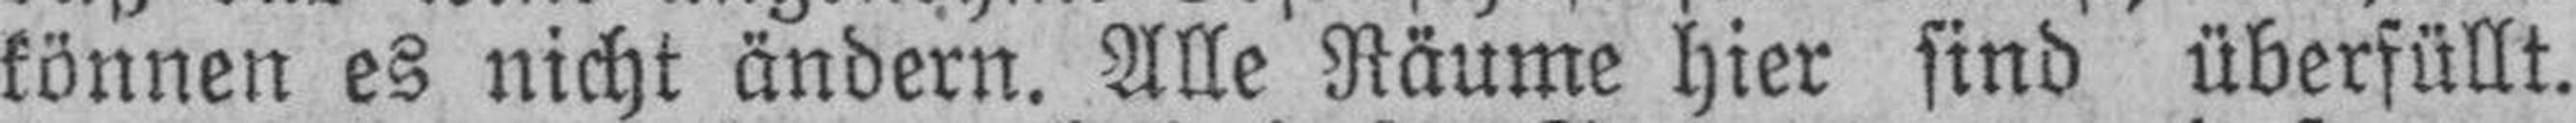
können es nicht ändern. Alle Räume hier sind überfüllt.